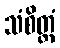
သံစိတ္တံ